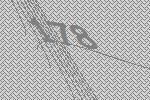
178